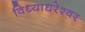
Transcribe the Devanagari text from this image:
विध्याधरेश्वर